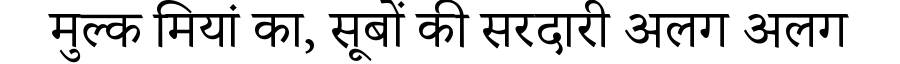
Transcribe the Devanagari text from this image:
मुल्क मियां का, सूबों की सरदारी अलग अलग